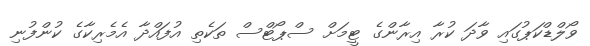
ވޯލްޑްކަޕުގައި ވާދަ ކުރާ އިރާންގެ ޓީމަށް ސްޕޯޓްސް ތަކެތި އުފައްދާ އެމެރިކާގެ ކުންފުނި